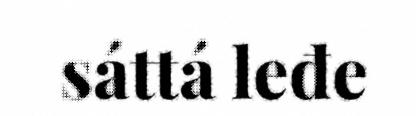
sáttá leđe